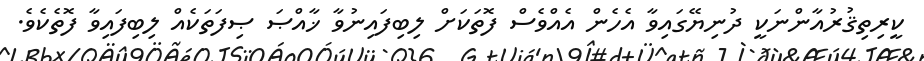
ކީރިތިޤުރުއާންނަކީ ދުނިޔޭގައިވާ އެހެން އެއްވެސް ފޮތަކަށް ލިބިފައިނުވާ ޚާއްޞަ ޞިފަތަކެއް ލިބިފައިވާ ފޮތެކެވެ.